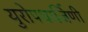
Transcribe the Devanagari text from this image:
युरोपधार्जिणी